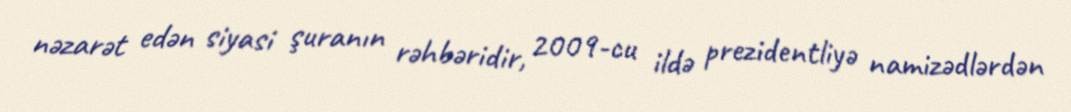
nəzarət edən siyasi şuranın rəhbəridir, 2009-cu ildə prezidentliyə namizədlərdən